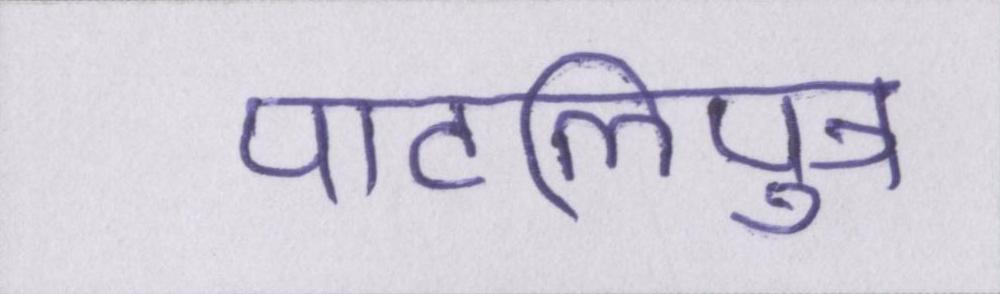
पाटलिपुत्र